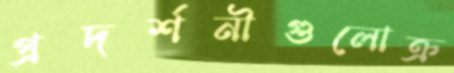
প্রদর্শনীগুলোক্র